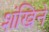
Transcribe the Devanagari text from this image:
शंखिने